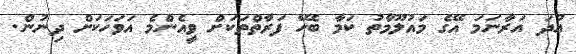
އުދަ އަރާނަމަ އޭގެ މައުލޫމާތު ކަމާ ބެހޭ ފަރާތްތަކަށް ވީއެންމެ އަވަހަކަށް ދިނުން.